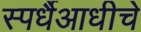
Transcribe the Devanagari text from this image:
स्पर्धैआधीचे